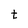
Character: t